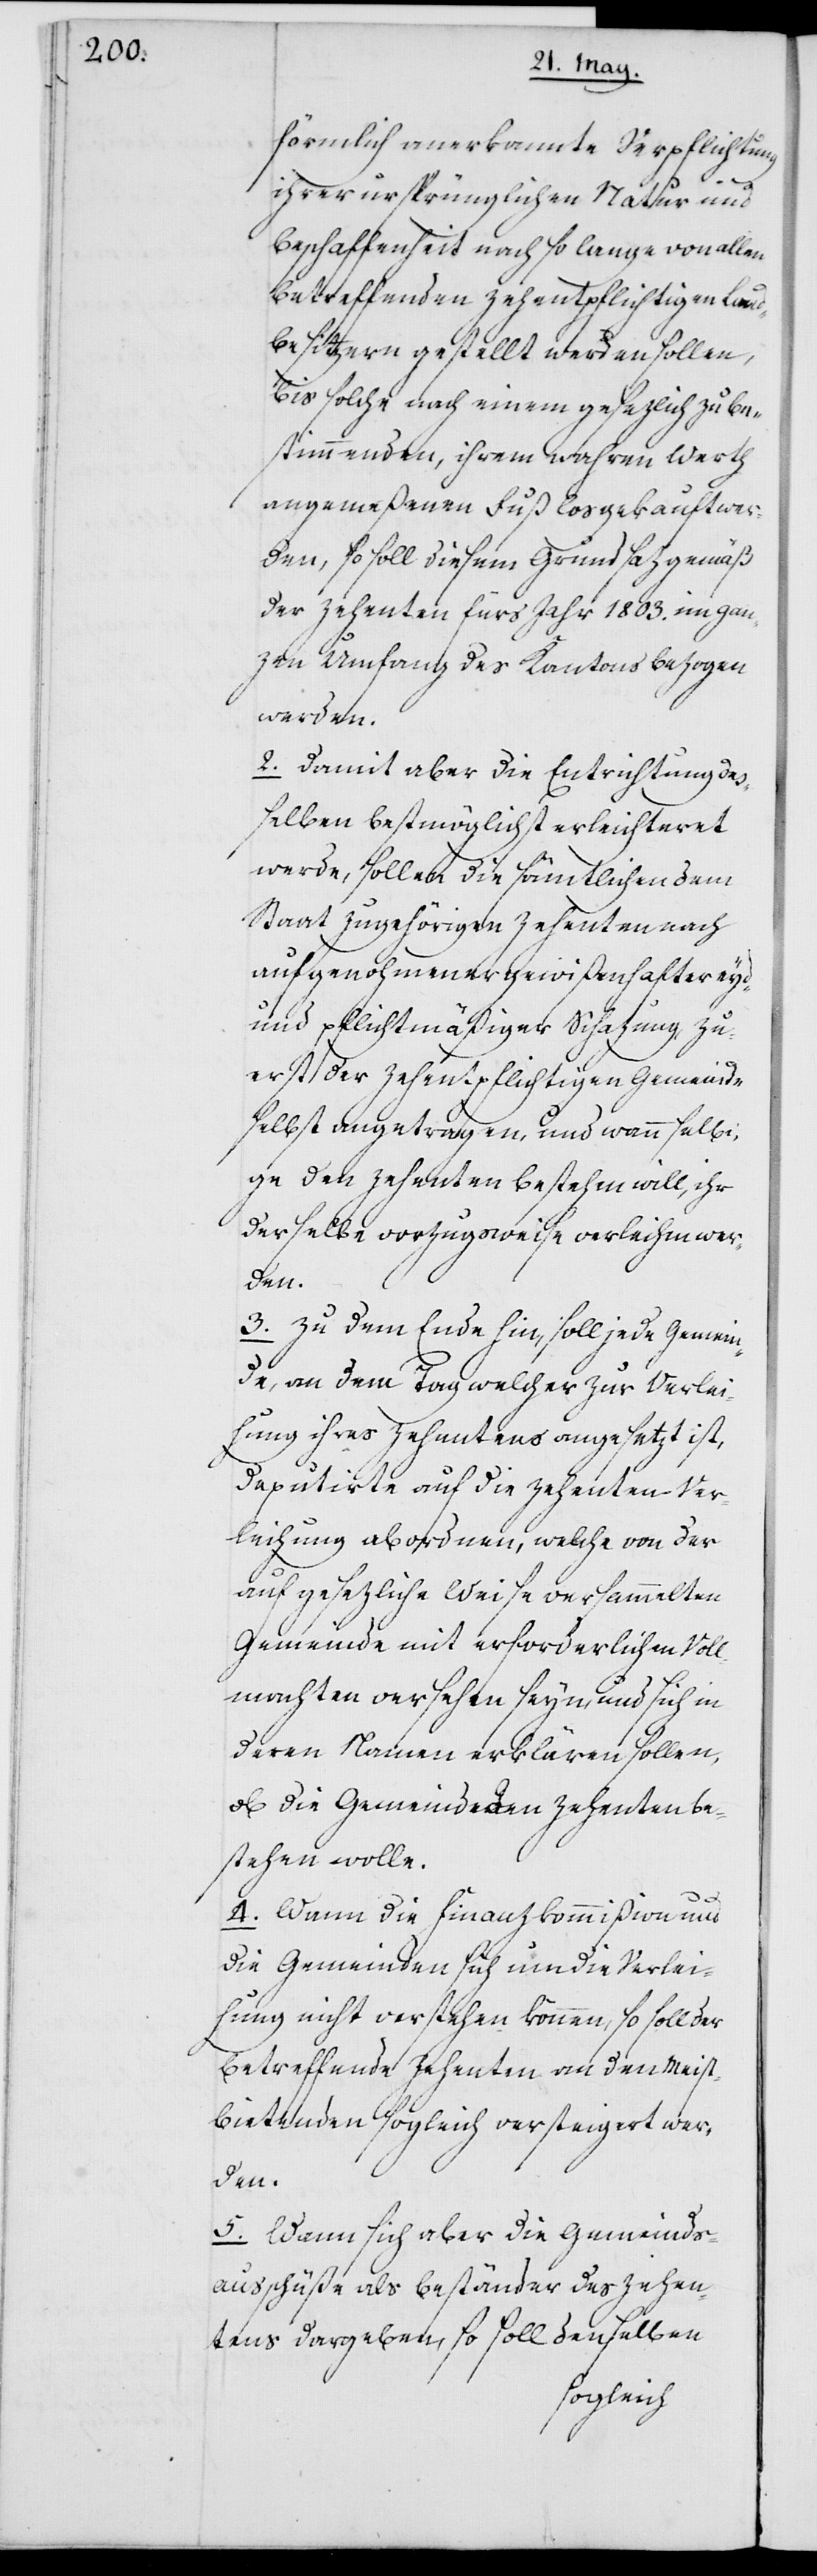
förmlich anerkannte Verpflichtung
ihrer ursprünglichen Natur und
Beschaffenheit nach so lange von allen
betreffenden Zehentpflichtigen Land¬
besitzern gestellt werden sollen,
bis solche nach einem gesezlich zu be¬
stimmenden, ihrem wahren Werth
angemeßenen Fuß losgekauft wer¬
den, so soll diesem Grundsaz gemäß
der Zehenten fürs Jahr 1803. im gan¬
zen Umfang des Kantons bezogen
werden.
2. Damit aber die Entrichtung de¬
ßelben bestmöglichst erleichteret
werde, sollen die sämtlichen dem
Staat zugehörigen Zehenten nach
aufgenohmener gewißenhafter eyd-
und pflichtmäßiger Schazung zu¬
erst der Zehentpflichtigen Gemeinde
selbst angetragen, und wenn selbi¬
ge den Zehenten bestehen will, ihr
derselbe vorzugsweise verleihen
3. Zu dem Ende hin, soll jede Gemein¬
de an dem Tag, welcher zur Verlei¬
hung ihres Zehentens angesetzt ist,
Deputierte auf die Zehenten-Ver¬
leihung abordnen, welche von der
auf gesezliche Weise versammelten
Gemeinde mit erforderlichen Voll¬
machten versehen seyn, und sich in
deren Namen erklären sollen,
ob die Gemeinde den Zehenten be¬
stehen wolle.
4. Wann die Finanzkommißion und
die Gemeinde sich um die Verlei¬
hung nicht verstehen können, so soll der
betreffende Zehenten an den Meist¬
bietenden sogleich versteigert wer¬
den.
5. Wann sich aber die Gemeinds¬
ausschüße als Beständer des Zehen¬
tens dargeben, so soll denselben